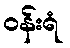
ဝန်းရံ